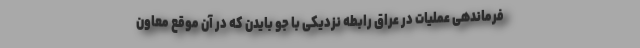
فرماندهی عملیات در عراق رابطه نزدیکی با جو بایدن که در آن موقع معاون